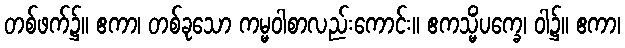
တစ်ဖက်၌။ ဧကာ၊ တစ်ခုသော ကမ္မဝါစာလည်းကောင်း။ ဧကသ္မိံပက္ခေ၊ ဝါ၌။ ဧကာ၊